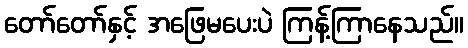
တော်တော်နှင့် အဖြေမပေးပဲ ကြန့်ကြာနေသည်။